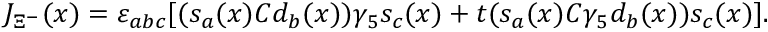
J _ { \Xi ^ { - } } ( x ) = \varepsilon _ { a b c } [ ( s _ { a } ( x ) C d _ { b } ( x ) ) \gamma _ { 5 } s _ { c } ( x ) + t ( s _ { a } ( x ) C \gamma _ { 5 } d _ { b } ( x ) ) s _ { c } ( x ) ] .